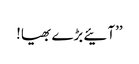
’’آئیے بڑے بھیا!